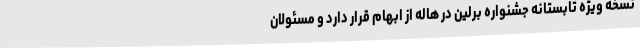
نسخه ویژه تابستانه جشنواره برلین در هاله از ابهام قرار دارد و مسئولان